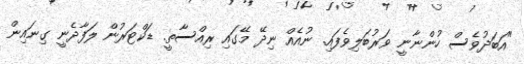
"އަބަދުވެސް ހުންނާނީ ވަރުބަލިވެފައި. ނުއެއް ނިދޭ މޭގައި ރިއްސާތީ. ޑަކްޓަރުން ލަފާދެނީ ގިނައިން